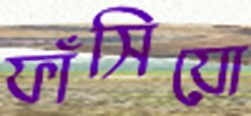
ফাঁসিয়ো